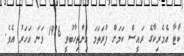
ކާޓާ އެމެރިކާގެ ރައީސް ކަމަށް ފުރަތަމަ އިންތިހާބުވީ 1976 ވަނަ އަހަރު އެވެ.